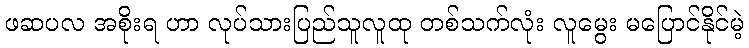
ဖဆပလ အစိုးရ ဟာ လုပ်သားပြည်သူလူထု တစ်သက်လုံး လူမွေး မပြောင်နိုင်မဲ့